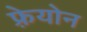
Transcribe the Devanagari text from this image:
फ़्रेयोन